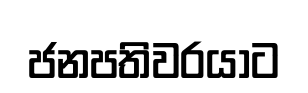
ජනපතිවරයාට